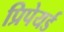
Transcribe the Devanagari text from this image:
प्रिपेयर्ड